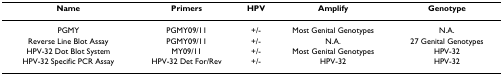
<table><thead><tr><td><b>Name</b></td><td><b>Primers</b></td><td><b>HPV</b></td><td><b>Amplify</b></td><td><b>Genotype</b></td></tr></thead><tbody><tr><td>PGMY</td><td>PGMY09/11</td><td>+/-</td><td>Most Genital Genotypes</td><td>N.A.</td></tr><tr><td>Reverse Line Blot Assay</td><td>PGMY09/11</td><td>+/-</td><td>N.A.</td><td>27 Genital Genotypes</td></tr><tr><td>HPV-32 Dot Blot System</td><td>MY09/11</td><td>+/-</td><td>Most Genital Genotypes</td><td>HPV-32</td></tr><tr><td>HPV-32 Specific PCR Assay</td><td>HPV-32 Det For/Rev</td><td>+/-</td><td>HPV-32</td><td>HPV-32</td></tr></tbody></table>